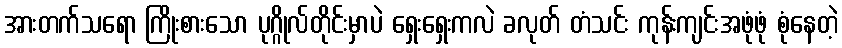
အားတက်သရော ကြိုးစားသော ပုဂ္ဂိုလ်တိုင်းမှာပဲ ရှေးရှေးကလဲ ခလုတ် တံသင်း ကုန်းကျင်းအဖုံဖုံ စုံနေတဲ့